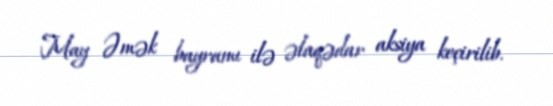
May Əmək bayramı ilə əlaqədar aksiya keçirilib.